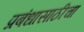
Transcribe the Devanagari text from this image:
प्रबंधासाठीचा